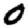
Digit: 0